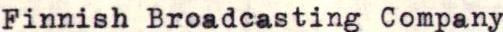
Finnish Broadcasting Company